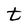
Character: t